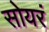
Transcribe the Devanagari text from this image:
सोयरं